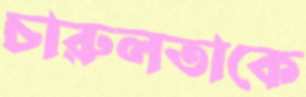
চারুলতাকে